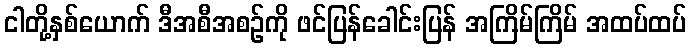
ငါတို့နှစ်ယောက် ဒီအစီအစဉ်ကို ဖင်ပြန်ခေါင်းပြန် အကြိမ်ကြိမ် အထပ်ထပ်